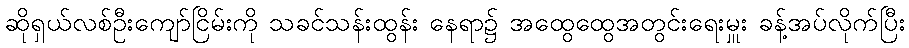
ဆိုရှယ်လစ်ဦးကျော်ငြိမ်းကို သခင်သန်းထွန်း နေရာ၌ အထွေထွေအတွင်းရေးမှူး ခန့်အပ်လိုက်ပြီး